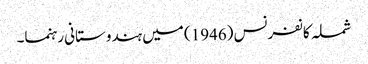
شملہ کانفرنس (1946) میں ہندوستانی رہنما۔